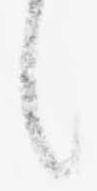
言